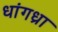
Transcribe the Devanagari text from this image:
धांगध्रा